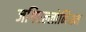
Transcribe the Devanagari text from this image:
जगिएल्लोनिअन